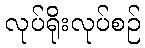
လုပ်ရိုးလုပ်စဉ်